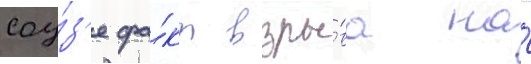
соу́з'е фа́кт взры́ва на́